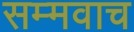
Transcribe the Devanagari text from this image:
सम्मवाच